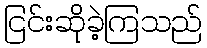
ငြင်းဆိုခဲ့ကြသည်